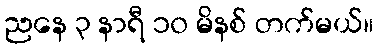
ညနေ ၃ နာရီ ၁၀ မိနစ် တက်မယ်။